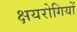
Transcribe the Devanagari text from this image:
क्षयरोगियों